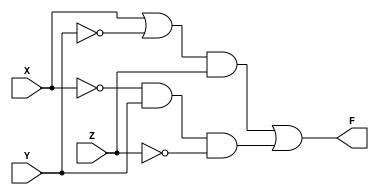
module labThreeCode (F, X, Y, Z);
	output F;
	input X,Y,Z;
	wire X_not, Y_not, Z_not, XY_not, XY_notZ, X_notYZ_not;


not G1(X_not, X);
not G2(Y_not, Y);
not G3(Z_not, Z);

or G4(XY_not, X, Y_not);

and G5(XY_notZ, XY_not, Z);
and G6(X_notYZ_not, X_not, Y, Z_not);

or G7(F, XY_notZ, X_notYZ_not);

endmodule